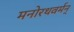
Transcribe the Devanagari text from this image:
मनोरथवर्मन्